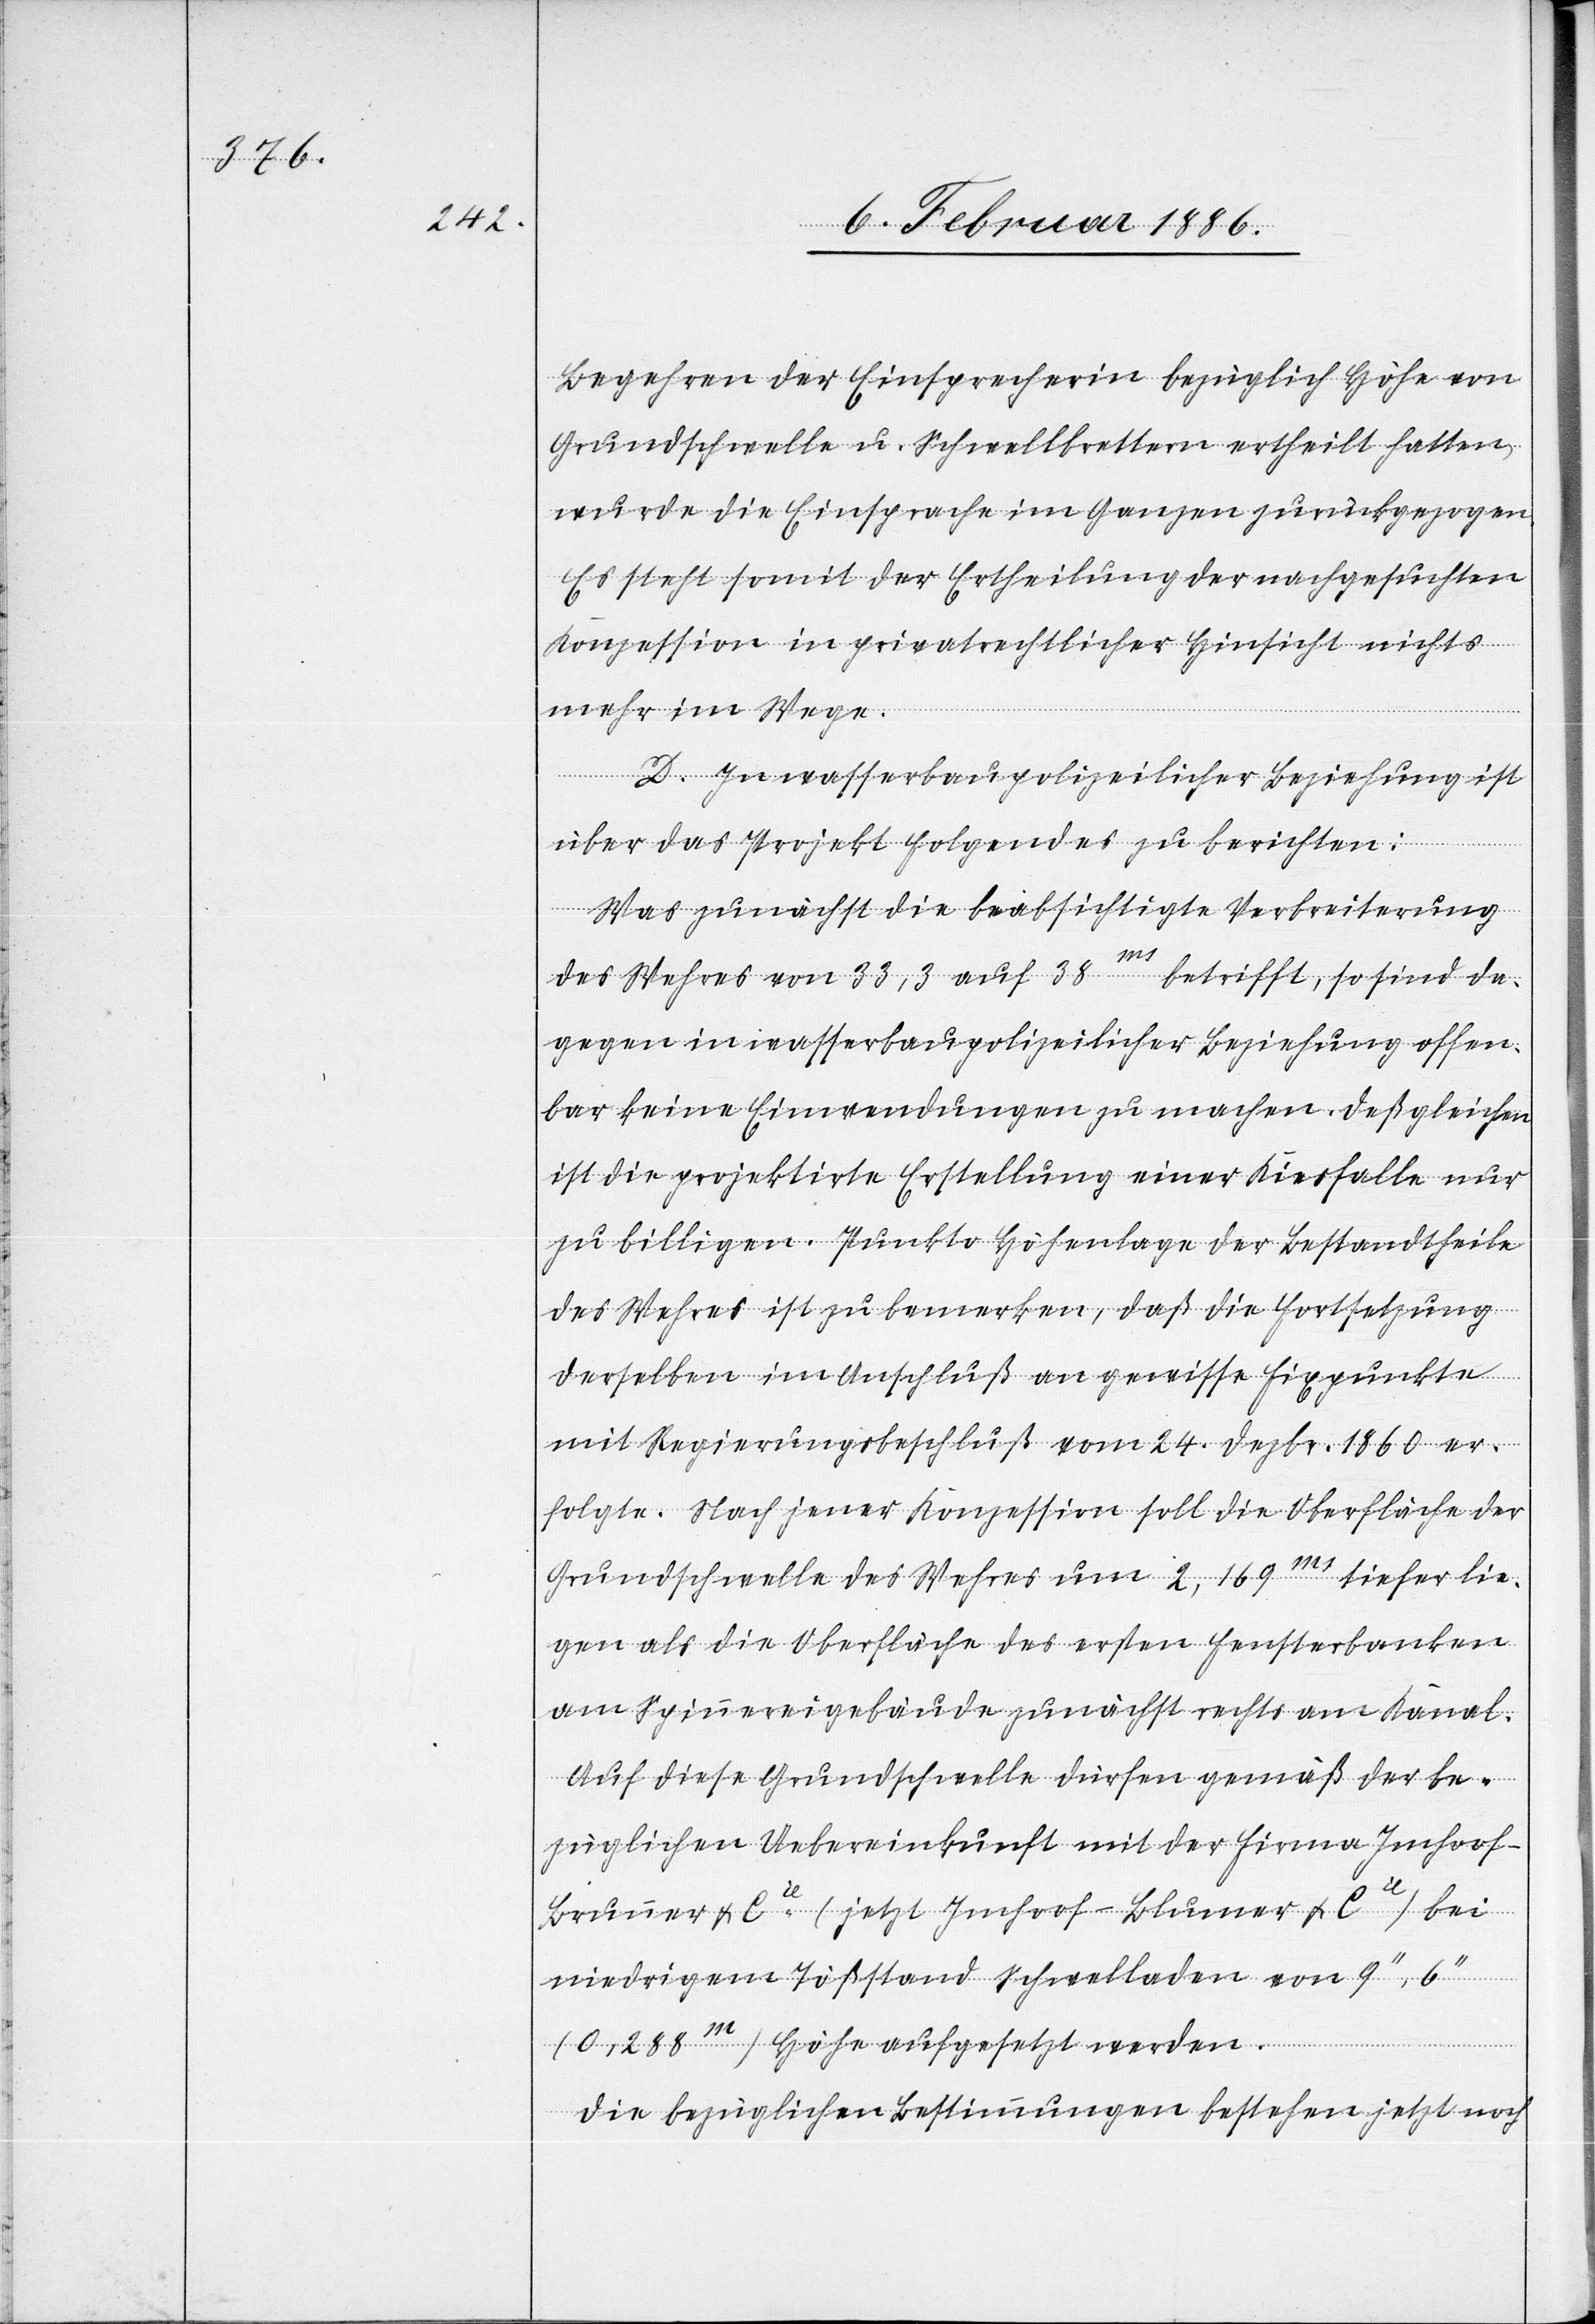
Begehren der Einsprecherin bezüglich Höhe von
Grundschwelle u. Schwellbrettern ertheilt hatten,
wurde die Einsprache im Ganzen zurückgezogen.
Es steht somit der Ertheilung der nachgesuchten
Konzession in privatrechtlicher Hinsicht nichts
mehr im Wege.
D. In wasserbaupolizeilicher Beziehung ist
über das Projekt Folgendes zu berichten:
Was zunächst die beabsichtigte Verbreitung
des Wehres von 33,3 auf 38m. betrifft, so sind da¬
gegen in wasserbaupolizeilicher Beziehung offen¬
bar keine Einwendungen zu machen. Deßgleichen
ist die projektierte Erstellung einer Kiesfalle nur
zu billigen. Punkto Höhenlage der Bestandtheile
des Wehres ist zu bemerken, daß die Fortsetzung
derselben im Anschluß an gewisse Fixpunkte
mit Regierungsbeschluß vom 24. Dezbr. 1860 er¬
folgte. Nach jener Konzession soll die Oberfläche der
Grundschwelle des Wehres um 2,169m. tiefer lie¬
gen als die Oberfläche des ersten Fensterbankes
am Spinnereigebäude zunächst rechts am Kanal.
Auf diese Grundschwelle dürfen gemäß der be¬
züglichen Uebereinkunft mit der Firma Imhoo¬
f-Brunner & Cie. (jetzt Imhoof-Blumer & Cie) bei
niedrigem Tößstand Schwelladen von 9’’, 6’’
(0,288m.) Höhe aufgesetzt werden.
Die bezüglichen Bestimmungen bestehen jetzt noch